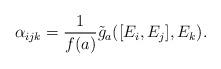
LaTeX: \begin{align*} \alpha_{ijk}=\frac{1}{f(a)}\tilde{g}_a([E_i,E_j],E_k).\end{align*}